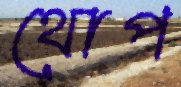
থোপ